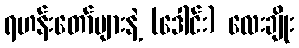
ရဟန်းတော်များနဲ့ (ဒေါင်း) လေးချိုး